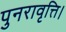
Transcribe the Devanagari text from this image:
पुनरावृत्ति।